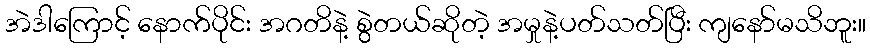
အဲဒါကြောင့် နောက်ပိုင်း အဂတိနဲ့ စွဲတယ်ဆိုတဲ့ အမှုနဲ့ပတ်သတ်ပြီး ကျနော်မသိဘူး။